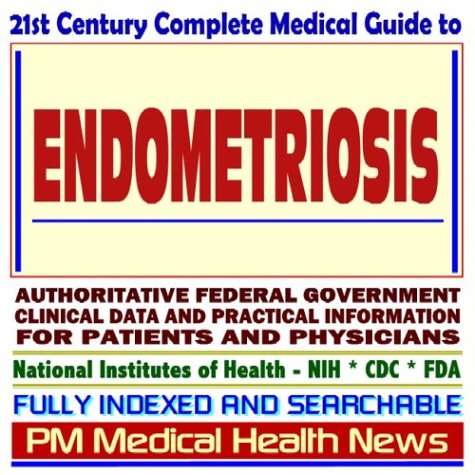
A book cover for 21st Century Complete Medical Guide to Endometriosis, Authoritative Government Documents, Clinical References, and Practical Information for Patients and Physicians; PM Medical Health News; Health, Fitness & Dieting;